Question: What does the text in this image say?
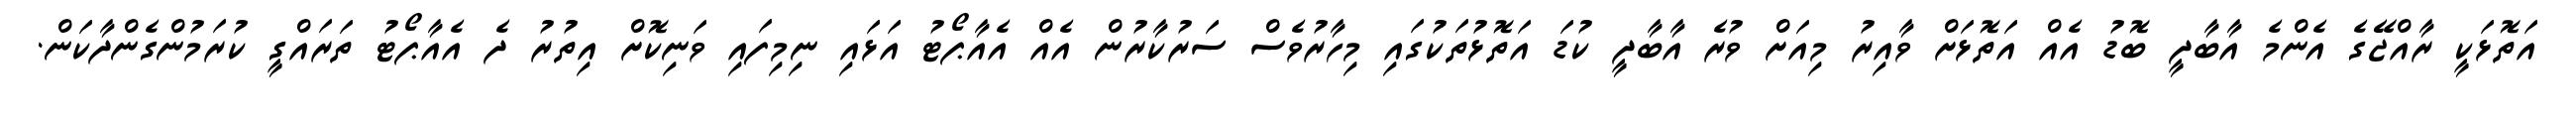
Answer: އަތޮޅަކީ ރާއްޖޭގެ އެންމެ އާބާދީ ބޮޑު އެއް އަތޮޅަށް ވާއިރު މިއަށް ވުރެ އާބާދީ ކުޑަ އަތޮޅުތަކުގައި މިހާރުވެސް ސަރުކާރުން އެއް އެއާޕޯޓު އަޅައި ނިމިފައި ވަނިކޮށް އިތުރު ދެ އެއާޕޯޓު ތަރައްގީ ކުރަމުންގެންދާކަން.